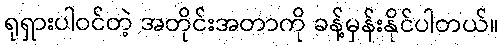
ရုရှားပါဝင်တဲ့ အတိုင်းအတာကို ခန့်မှန်းနိုင်ပါတယ်။